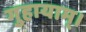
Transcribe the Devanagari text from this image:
गुहायाम्।